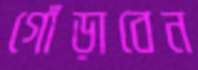
গোঁড়াবেন